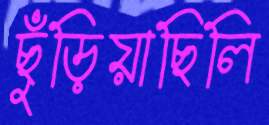
ছুঁড়িয়াছিলি